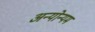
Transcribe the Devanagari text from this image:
अन्योन्यम